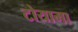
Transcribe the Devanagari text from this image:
टोयामा